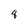
Character: 8